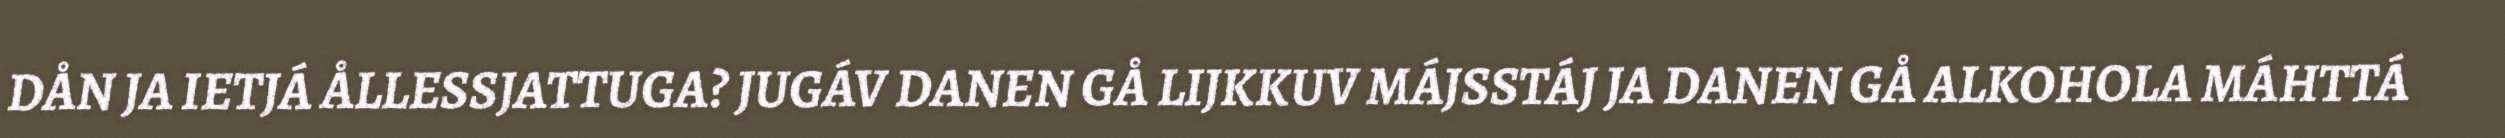
DÅN JA IETJÁ ÅLLESSJATTUGA? JUGÁV DANEN GÅ LIJKKUV MÁJSSTÁJ JA DANEN GÅ ALKOHOLA MÁHTTÁ